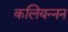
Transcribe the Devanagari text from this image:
कलियन्नन